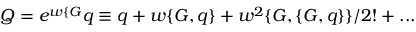
Q = e ^ { w \{ G } q \equiv q + w \{ G , q \} + w ^ { 2 } \{ G , \{ G , q \} \} / 2 ! + . . .